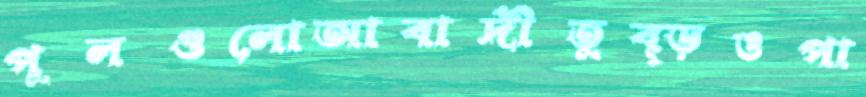
পুলগুলোআবাদীতুব্‌ড়ওপা